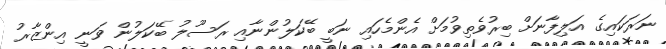
ނަރަކައިގެ އަލިފާނަށް ބިރުވެތިވުމަށް އެންމެހައި ނަބީ ބޭކަލުންނާއި ރަސޫލު ބޭކަލުން ވަނީ އިންޒާރު